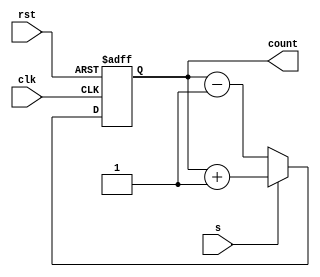
module updowncounter(clk,rst,s,count);

input clk,rst,s;// s =0 for count down and vice versa

output reg [3:0] count;

initial count=4'b0000;


always @(posedge (clk) or posedge(rst))
begin
if (rst==1'b1)
    count<=0;
else
    if (s==1)
    count<=count+1;
    else
    count<=count-1;

end


endmodule